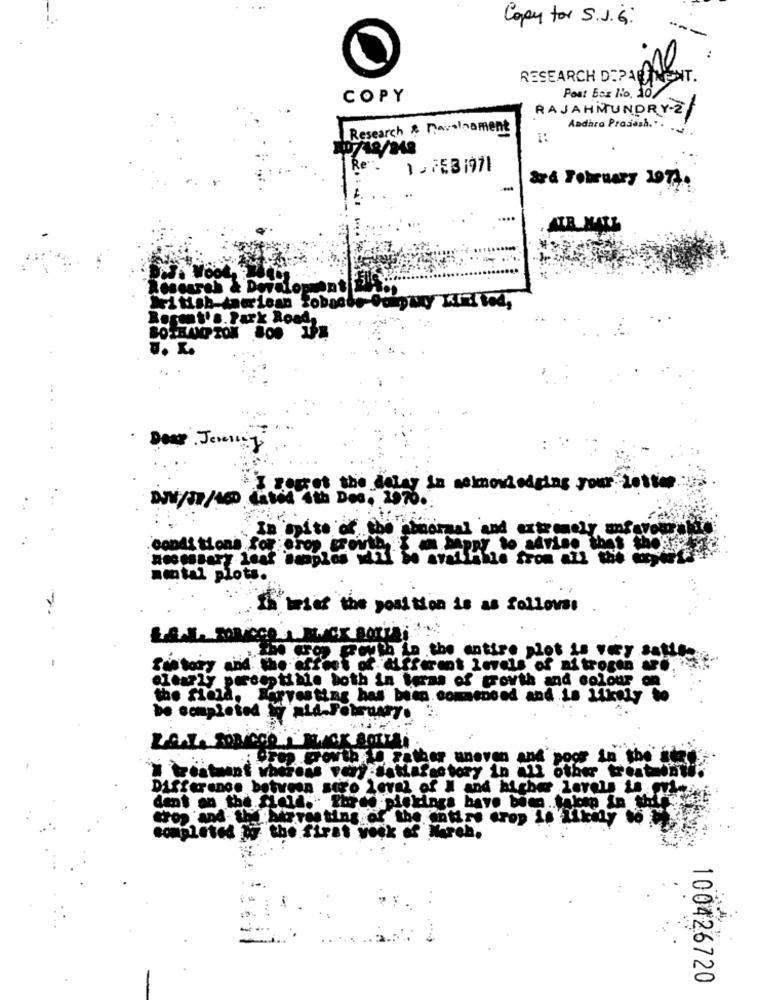
Copy for S.J.G .:
---
RESEARCH DEPAGO
MENT.
Post Bas No. 10
COPY
RAJAHMUNDRY-Z
Andhra Projash. . .
Research & Ravalament
Re
1.753 1971
ard February 1971.
AIR MAT
creares & Dovalomment
Format's. Park Road,
U. K.
Deap . Jemenin
I perret the delay in memordodging your 200000
DJN/37/460 Cabod 4th Dos, 20
In Spite
r.
sinormal and extremely afavour
.conditions fog erop EROVAR
montal plots.
th brief the position is as follows:
FForth in the entire plot La Vey
Sun tory and the effect
affirent Levels of nitrogen
clearly perceptible both in teras of growth and colour of
the field.
.Harvesting has been commenced and is likely
be completed ty nia.February.
Crep Gowth to Father aneven and poor in the
I treatment whereas var satisfactory in all other treatments
Difference between sur'o Level of N and higher levels is or).
dent on the field. Ihree pickings have bien . takcap &n thijs
trop and the birres ting of the entire erop is Likely to the
completed by the first vosk of Wareh.
......
100426720